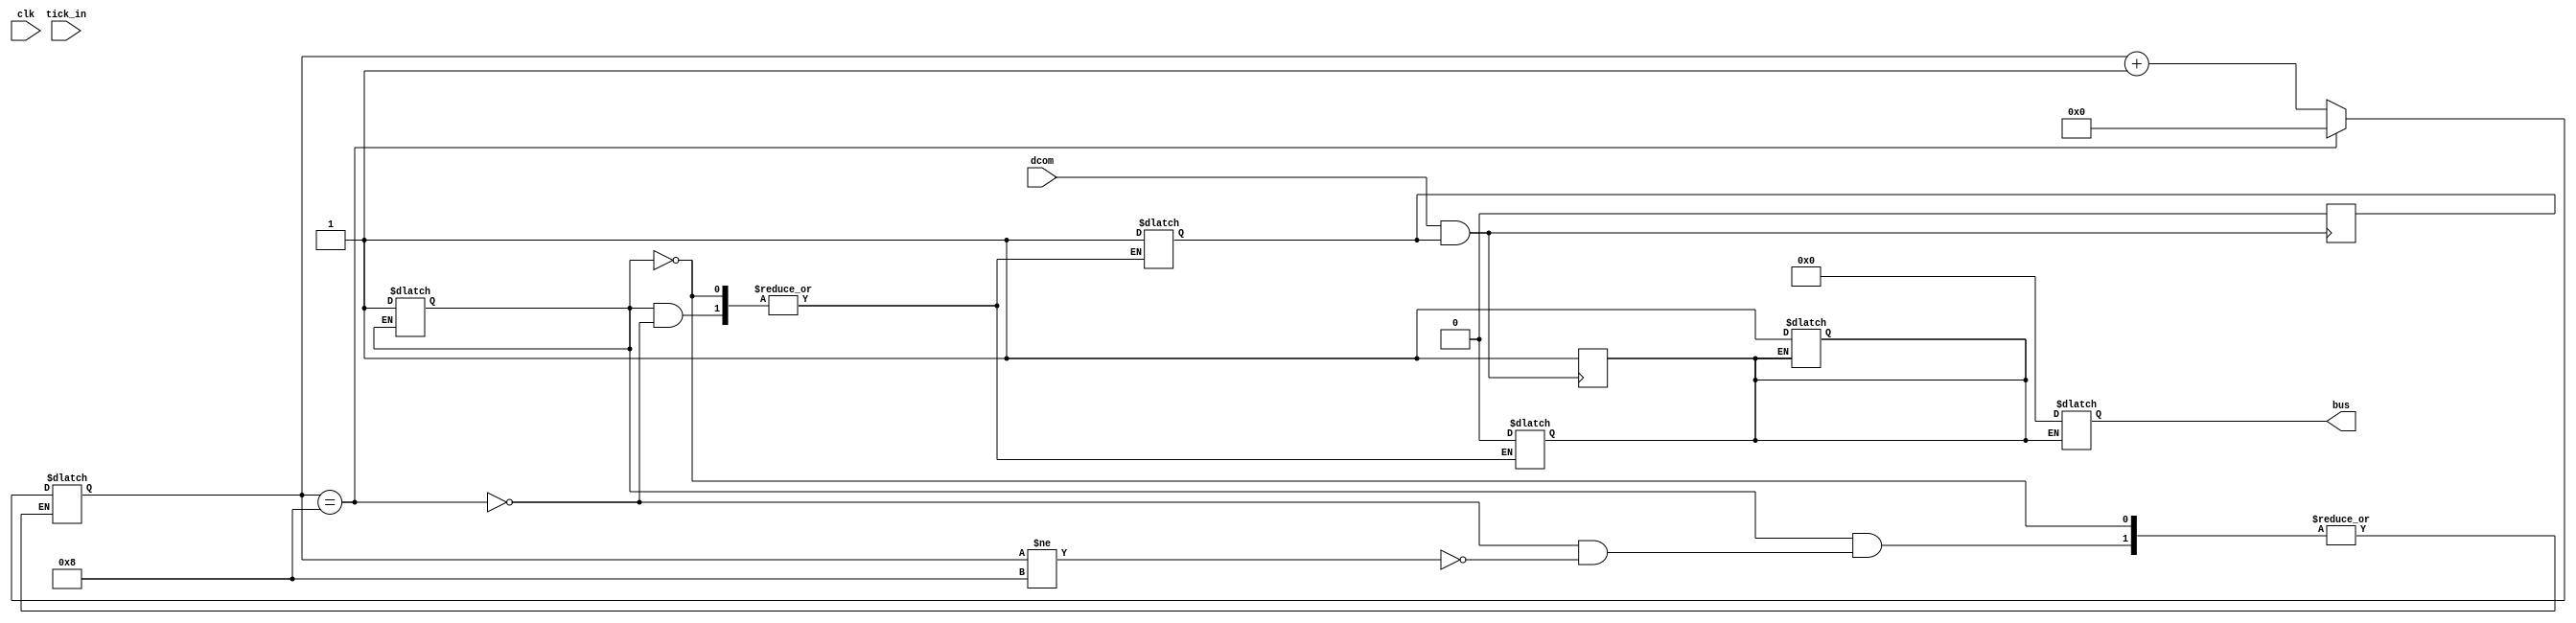
`timescale 1ps/1ps

module reciever (
    input dcom,
    input clk,
    input tick_in,
    output reg [7:0] bus
);

reg [7:0]  dr;
reg ander;
reg tickstart;
wire tick;
reg trigger;
reg [4:0] counter;
wire sig;
reg [4:0] bitno;
reg init;
reg read;

initial begin
    ander <= 1;
    init <= 0;
    counter <= 0;
    bitno <= 0;
    tickstart <= 0;
    read <= 1;
    trigger <= 1;
    dr<= 0;
end

assign sig = dcom & ander;
assign tick = tick_in & tickstart;

always @ (negedge sig) begin
    ander <= 0;
    tickstart <= 1;
    read <= 1;
    //trigger <= ~trigger;
end

always @ (posedge tick) begin
    if(counter == 8) begin
        trigger <= ~trigger;
    end
    else begin
        counter <= counter +1;
    end
end

always @ (trigger) begin
    if(init == 0)  init <= 1;

    else begin

        // if(bitno == 0) begin
        //     bitno <= bitno +1;
        // end
        // else begin
        if(bitno != 8) begin
            dr <= ((dr)|(dcom<<(bitno)));
            bitno <= bitno +1;
        end

        counter <= 0;
        if(bitno == 8) begin
            bitno <= 0;
            read <= 0;
            ander <= 1;
        end
    end
end
always @ (clk) begin
    if(read == 0) begin
        bus <= dr;
        read <= 1;
        dr<= 0;
        tickstart<=0;
    end
end
endmodule